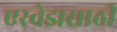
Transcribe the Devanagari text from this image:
एरवेझसाठी